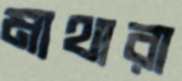
মাথারা